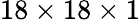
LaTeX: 18\times 18\times 1